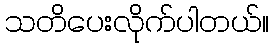
သတိပေးလိုက်ပါတယ်။